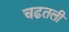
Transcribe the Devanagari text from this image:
चढतली